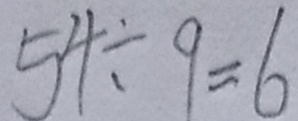
5 4 \div 9 = 6